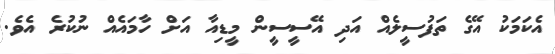
އެކަމަކު އޭގެ ތަފުސީލެއް އަދި އޭސީސީން މީޑިއާ އަށް ހާމައެއް ނުކުރެ އެވެ.